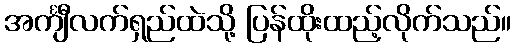
အင်္ကျီလက်ရှည်ထဲသို့ ပြန်ထိုးထည့်လိုက်သည်။